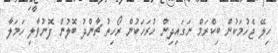
ހިލޭ ޖެހުމަކުން ބިކްރަމް ނަގައިދިން ހުރަހަކުން ރޯހިތު ޗާންދު ބޮލުން ފޮނުވާލި ހަމަލާ